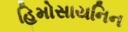
હિમોસાયનિન